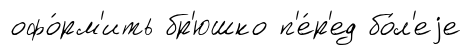
офо́рм'ить бр'юшко п'е́р'ед бо́л'еjе